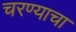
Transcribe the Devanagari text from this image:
चरण्याचा